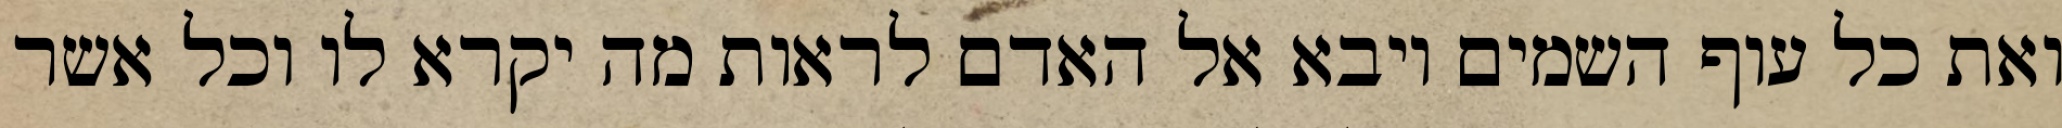
ואת כל עוף השמים ויבא אל האדם לראות מה יקרא לו וכל אשר